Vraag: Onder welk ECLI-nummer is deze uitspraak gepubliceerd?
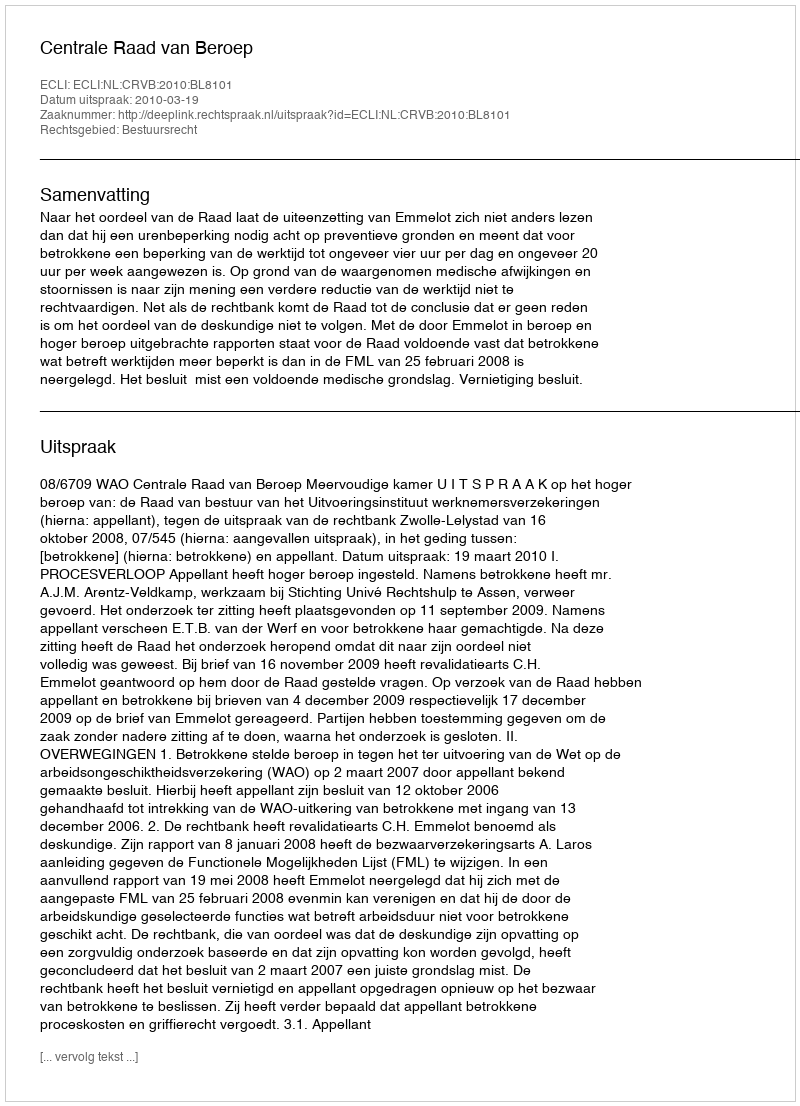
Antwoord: ECLI:NL:CRVB:2010:BL8101